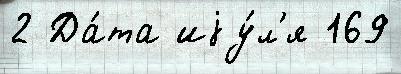
2 Да́та иjу́л'я 169